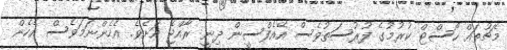
މެޗުތައް ހޯސްޓް ކުރުމުގެ ފުރުސަތުވެސް އޭއެފްސީން ދިނީ ރާއްޖެ އަށެވެ. އެހެންނަމަވެސް އެހެން